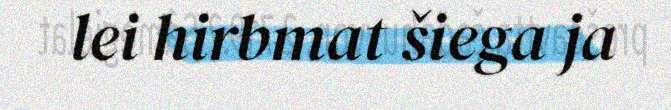
lei hirbmat šiega ja